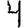
Digit: 4